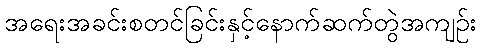
အရေးအခင်းစတင်ခြင်းနှင့်နောက်ဆက်တွဲအကျဉ်း